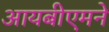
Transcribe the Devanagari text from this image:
आयबीएमने